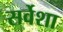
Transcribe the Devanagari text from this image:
सर्वेशा